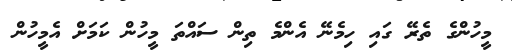
މީހުންގެ ތެރޭ ގައި ހިމެނޭ އެންމެ ތިން ސައްތަ މީހުން ކަމަށް އެމީހުން